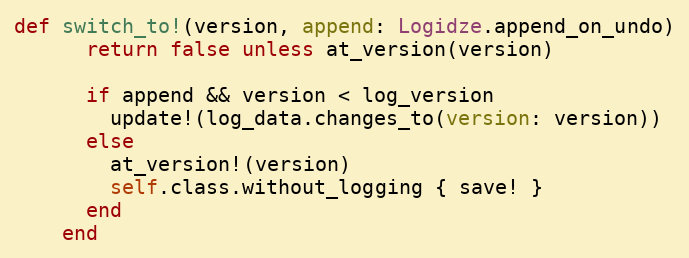
Language: Ruby
def switch_to!(version, append: Logidze.append_on_undo)
      return false unless at_version(version)

      if append && version < log_version
        update!(log_data.changes_to(version: version))
      else
        at_version!(version)
        self.class.without_logging { save! }
      end
    end